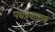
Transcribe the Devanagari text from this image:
पद्यप्रकारास